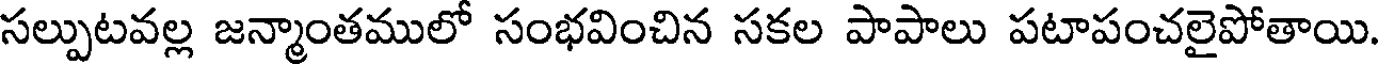
సల్పుటవల్ల జన్మాంతములో సంభవించిన సకల పాపాలు పటాపంచలైపోతాయి